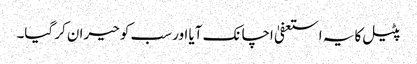
پٹیل کا یہ استعفیٰ اچانک آیا اور سب کو حیران کر گیا۔